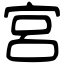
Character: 宮